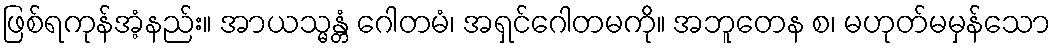
ဖြစ်ရကုန်အံ့နည်း။ အာယသ္မန္တံ ဂေါတမံ၊ အရှင်ဂေါတမကို။ အဘူတေန စ၊ မဟုတ်မမှန်သော